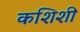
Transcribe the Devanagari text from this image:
कशिशी